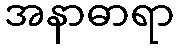
အနာဓာရာ